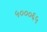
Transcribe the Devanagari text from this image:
५०००६५